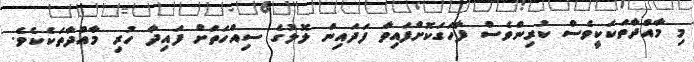
މި މާއްދާތަކަކީވެސް ކުރިންވެސް ފާހަގަކޮށްފައިވާ ފަދައިން ލޮލުގެ ސިއްހަތަށް ފައިދާ ހުރި މާއްދާތަކެކެވެ.